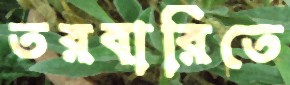
তরবারিতে